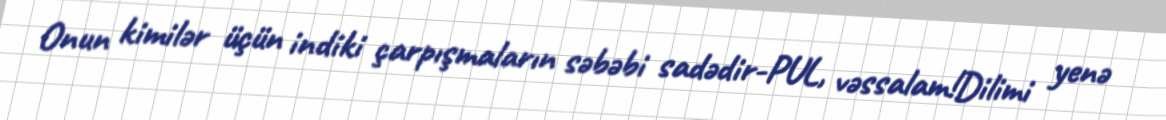
Onun kimilər üçün indiki çarpışmaların səbəbi sadədir-PUL, vəssalam!Dilimi yenə